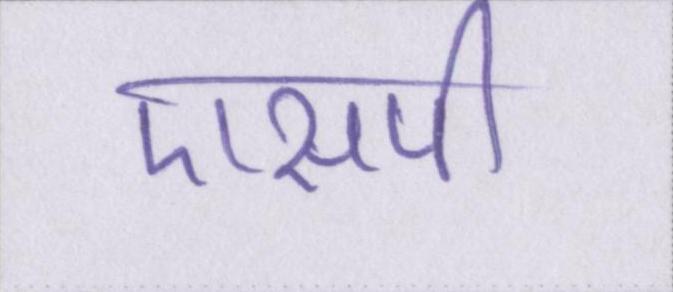
एसपी